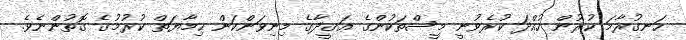
ހަނގުރާމަ ކުރުން ހުއްދަ ކުރެވުނީ މީސްތަކުންގެ ޢަޤީދާގެ މިނިވަންކަން ޙިމާޔަތް ކުރުމުގެ ގޮތުންނެވެ.